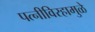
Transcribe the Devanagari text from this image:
पत्‍नीविरहामुळे